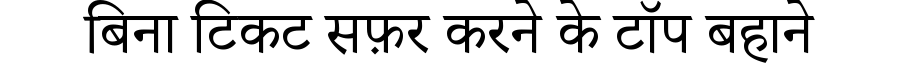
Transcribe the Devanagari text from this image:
बिना टिकट सफ़र करने के टॉप बहाने